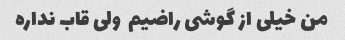
من خیلی از گوشی راضیم  ولی قاب نداره